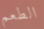
الطعم